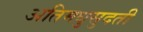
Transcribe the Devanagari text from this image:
अतिमधुसुदती